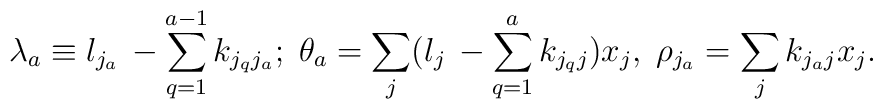
\lambda _a \equiv l_{j_a}\,- \sum _{q=1}^{a-1} k_{j_qj_a};\;\theta _a =\sum _j(l_j\,- \sum _{q=1}^{a} k_{j_qj})x_j,\;\rho _{j_a}=\sum _jk_{j_aj}x_j.